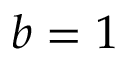
b = 1